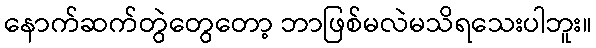
နောက်ဆက်တွဲတွေတော့ ဘာဖြစ်မလဲမသိရသေးပါဘူး။